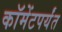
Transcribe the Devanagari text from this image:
कॉमेंटपर्यंत